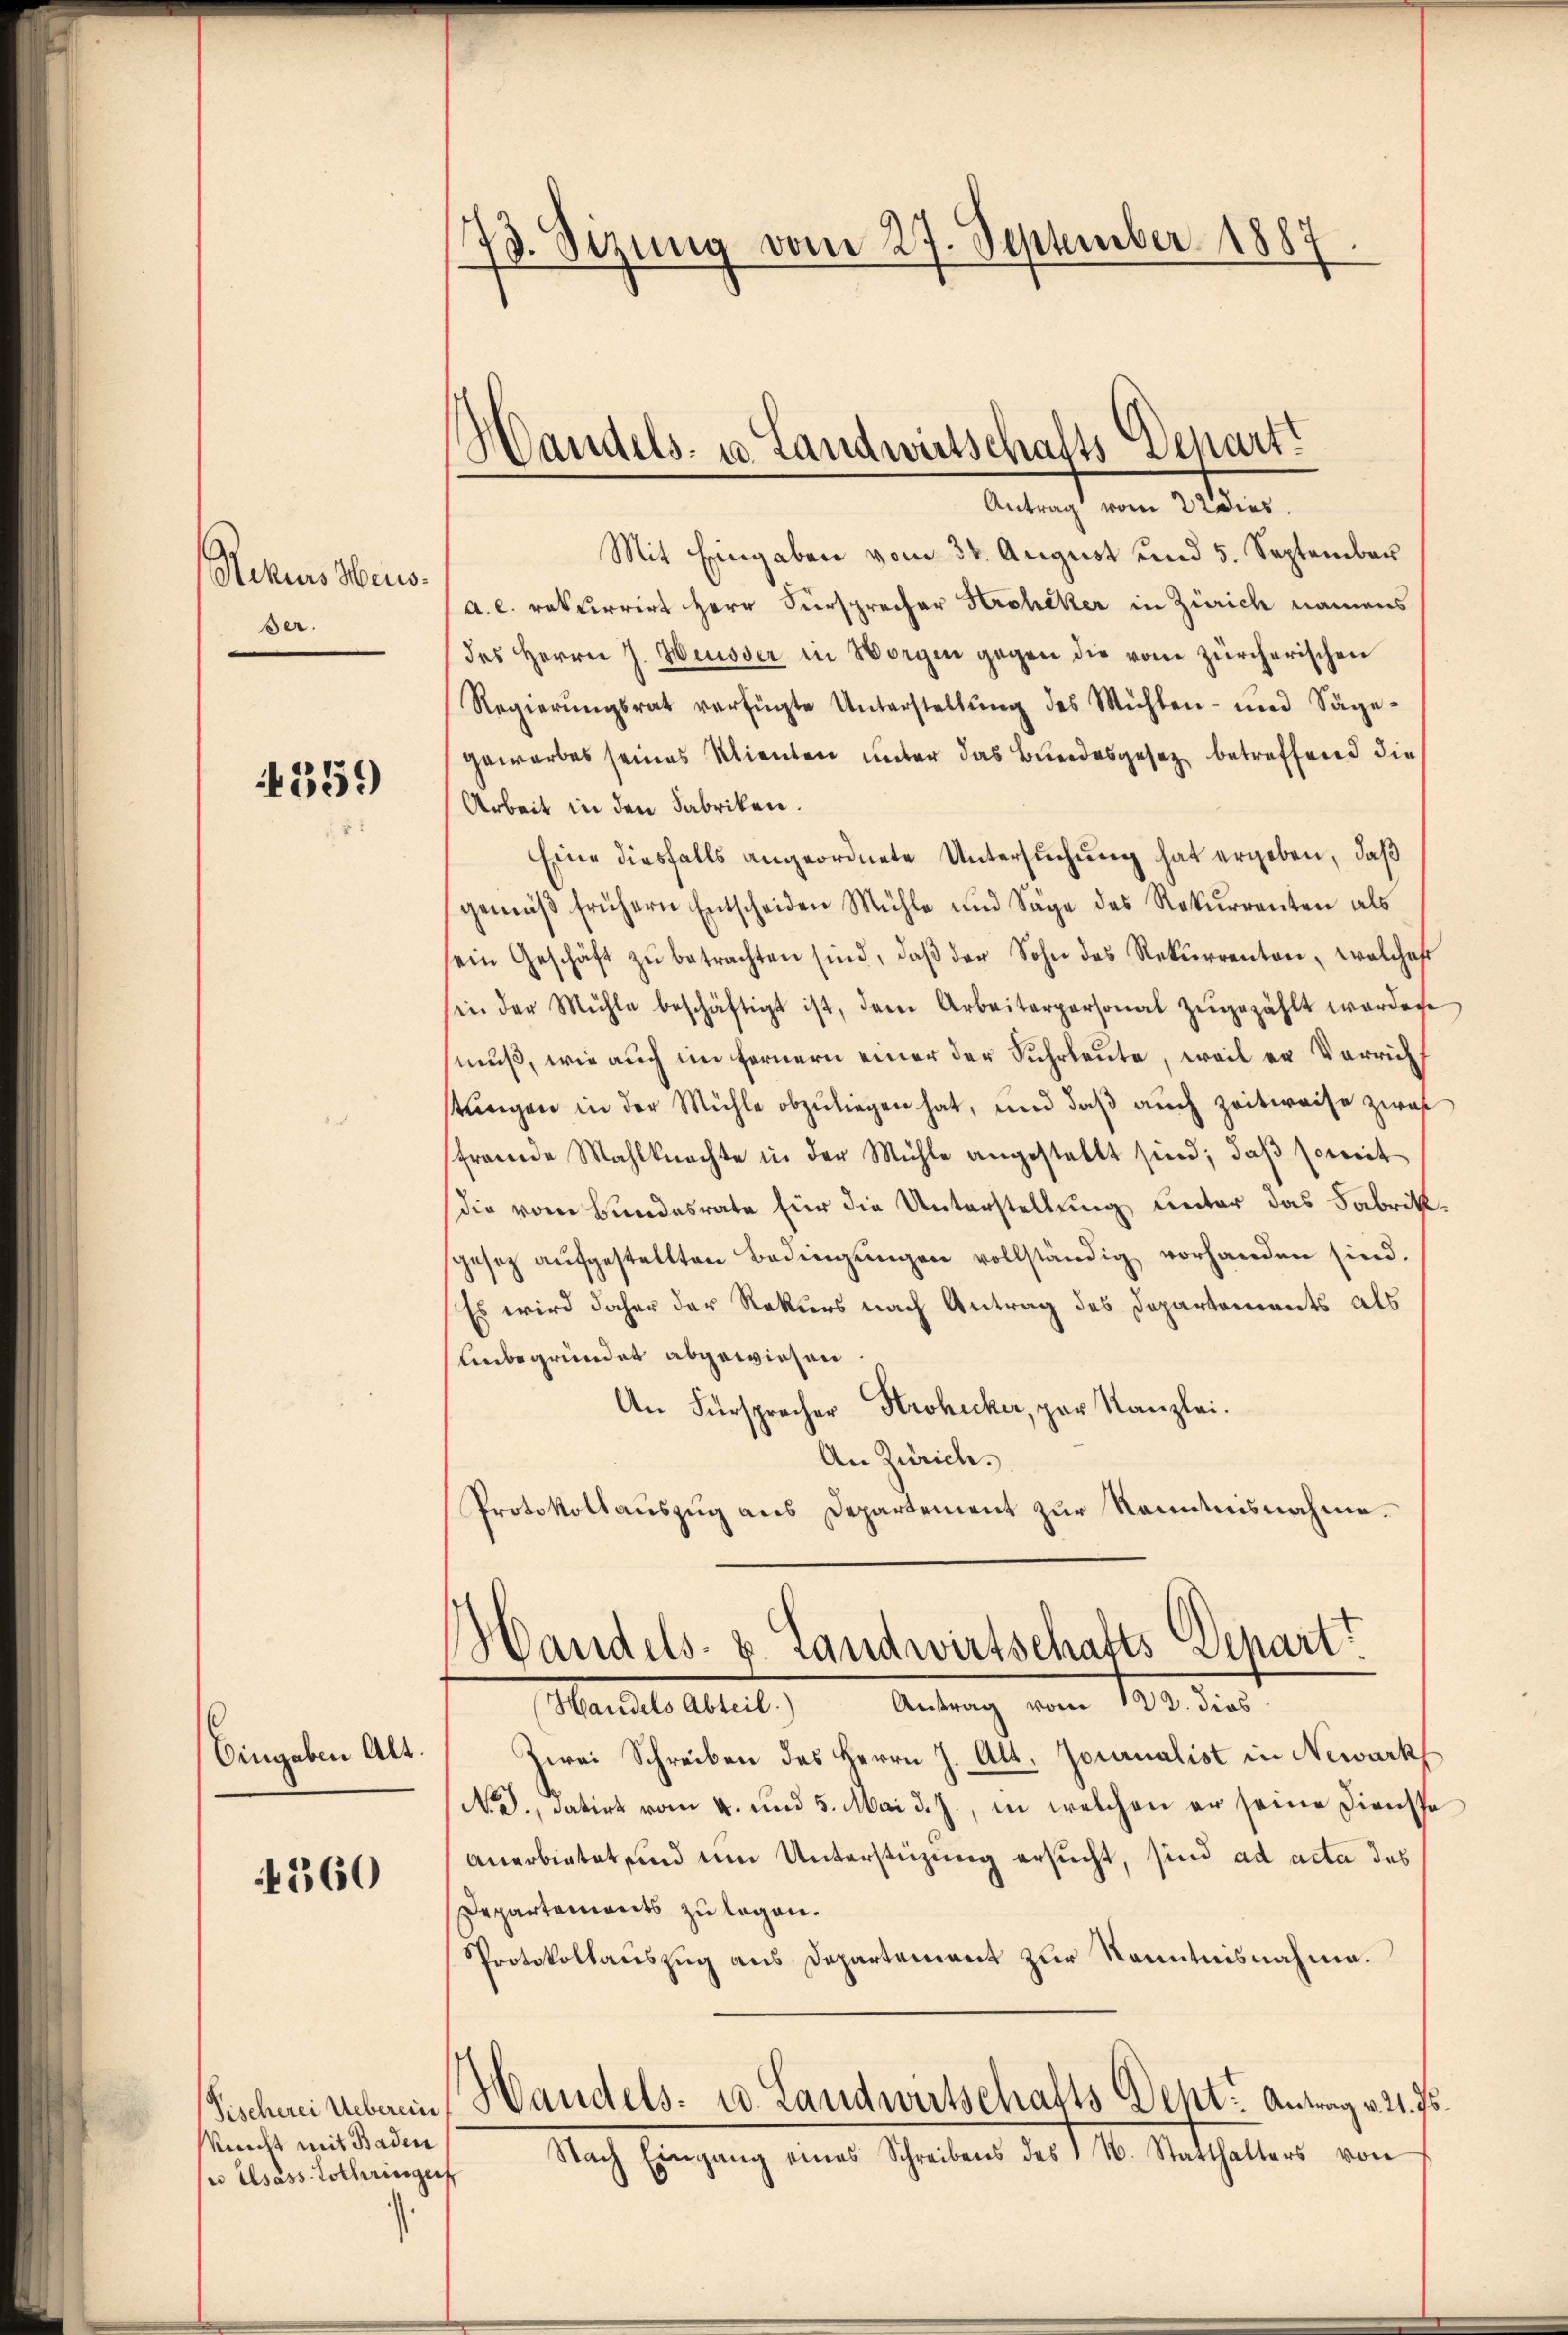
Rekurs Haus.
Ber.

359)

Eingaben Alt.

4360

Meicht mit Baden
p elsass Lothringer

.

73. Sizung vom 27. September 1887.

Handels- u Landwirtschalts Depart
Antrag vom 22 dies

Mit Eingaben vom 30. August und 5. September
a. c. rekurrirt Herr Fürsprecher Stroheker in Zürich namens
des Herrn J. Heusser in Vorgen gegen die von zürcherischen
Regierŭngsrat verfügte Unterstellŭng des Mühlen- und Säge-
gewarbes seines Klienten unter das Bundesgesetz betreffend die
Arbeit in den Fabriken.
Eine diesfalls angeordnete Untersuchung hat ergeben, daß
gemäβ frühern Entscheiden Mühle und Säge des Rekurrenten als
sein Geschäft zŭ betrachten sind, daβ der Sohn des Rekŭrrenten, welches
sin der Mühle beschäftigt ist, dem Arbeiterpersonal zŭgezählt worden
muß, wie auch im fernern einer der Suhrleute, weil er Verricht
tŭngen in der Mühle abzuliegen hat, und daß auch zeitweise zwai
sfremde Mahlknechte in der Mühle angestellt sind; daß soweit
die vom Bundesrate für die Unterstellung unter das Fabrikgesetz aufgestellten Bedingungen vollständig vorhanden sind.
Es wird daher der Rekurs nach Antrag des Departements als
Unbegründet abgewiesen
An Fürsprecher Strohecker, par Kanzlei.
An Zürich.
Protokollaŭszŭg ans Departement zŭr Kenntnisnahme.
Handels. 8. Landwirtschafts Depart
(Handels Abteil) Antrag vom 123. dies
Zwei Schreiben des Herrn J. Alt. Journalist in Newarks
No., datirt vom 4. und 5. Mai d. J., in welchen er seine Dienste
anerbietet, und ein Unterstüzung ersucht, sind ad acta das
Departements zu legen.
Protokollauszug aus Departement zur Kenntnisnahme.
Tischenisberein Handels- u. Landwirtschalts Dent: Antrag v. 21. Js.
Nach Eingang eines Schreibens des 1 4. Statthalters von